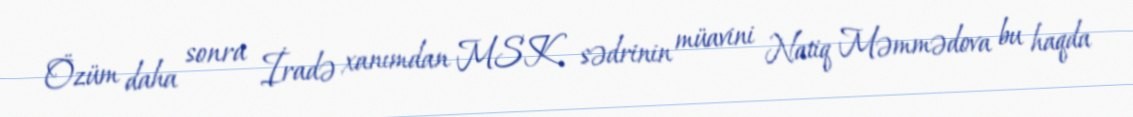
Özüm daha sonra İradə xanımdan MSK sədrinin müavini Natiq Məmmədova bu haqda